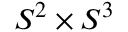
S ^ { 2 } \times S ^ { 3 }